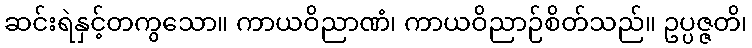
ဆင်းရဲနှင့်တကွသော။ ကာယဝိညာဏံ၊ ကာယဝိညာဉ်စိတ်သည်။ ဥပ္ပဇ္ဇတိ၊